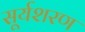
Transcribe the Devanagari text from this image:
सूर्यशरण